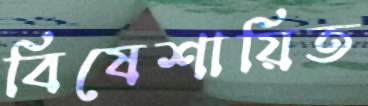
বিষেশায়িত